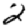
Digit: 2